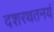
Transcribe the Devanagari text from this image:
दशरथतनयं